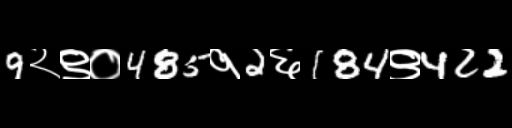
Text: 9२९०485१2६184९422